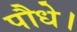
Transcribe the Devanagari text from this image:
पौधे।